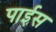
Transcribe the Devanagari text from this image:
पाईस